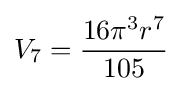
V_{7}={\frac {16\pi ^{3}r^{7}}{105}}